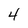
Character: 4